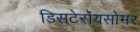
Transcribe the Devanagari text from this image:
डिसटेरॉयसोमर